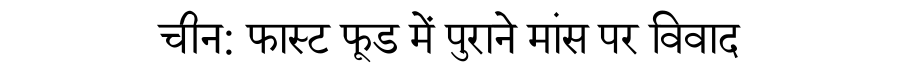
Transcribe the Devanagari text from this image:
चीन: फास्ट फूड में पुराने मांस पर विवाद